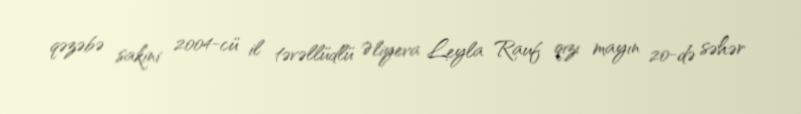
qəzəbə sakini 2004-cü il təvəllüdlü Əliyeva Leyla Rauf qızı mayın 20-də səhər